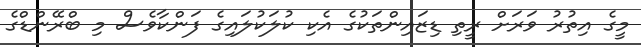
މީގެ އިތުރު ވަރަށް ރީތި ޑިޒައިންތަކުގެ އެކި ކުލަކުލައިގެ ފަންކާވެސް މި ބްރޭންޑްގެ